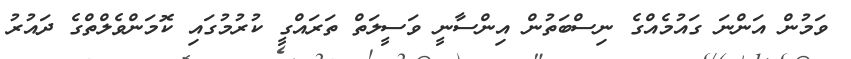
ވަމުން އަންނަ ގައުމެއްގެ ނިސްބަތުން އިންސާނީ ވަސީލަތް ތަރައްގީ ކުރުމުގައި ކޮމަންވެލްތްގެ ދައުރު